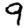
Digit: 9